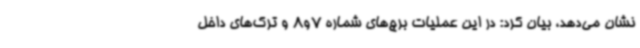
نشان می‌دهد، بیان کرد: در این عملیات برج‌های شماره 7و8 و ترک‌های داخل